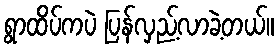
ရွာထိပ်ကပဲ ပြန်လှည့်လာခဲ့တယ်။